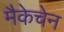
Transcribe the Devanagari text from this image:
मैकेचेन